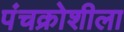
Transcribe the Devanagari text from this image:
पंचक्रोशीला